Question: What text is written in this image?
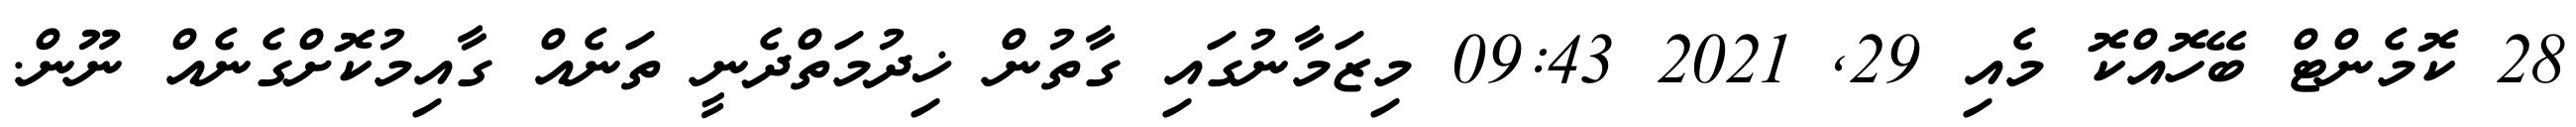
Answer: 28 ކޮމެންޓް ބޭހޮއްކޮ މެއި 29, 2021 09:43 މިޒަމާނުގައި ގާތުން ޚިދުމަތްދެނީ ތަނެއް ގާއިމުކޮށްގެނެއް ނޫން.